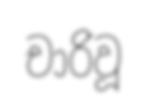
චාරිවූ